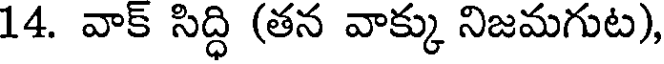
14. వాక్ సిద్ధి (తన వాక్కు నిజమగుట),